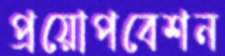
প্রয়োপবেশন